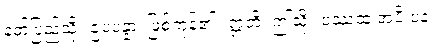
နတ်ပြည်သို့။ ဥပပန္နာ၊ ဖြစ်ကုန်၏။ ဣတိ၊ ဤသို့။ ပဿထ အပိ ပန၊